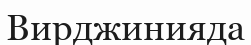
Вирджинияда